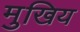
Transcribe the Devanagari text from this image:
मुखिय